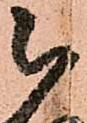
被